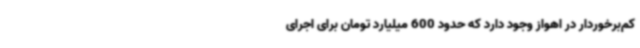
کم‌برخوردار در اهواز وجود دارد که حدود 600 میلیارد تومان برای اجرای